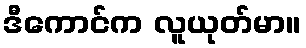
ဒီကောင်က လူယုတ်မာ။